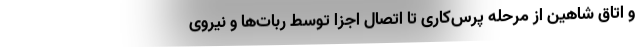
و اتاق شاهین از مرحله پرس‌کاری تا اتصال اجزا توسط ربات‌ها و نیروی